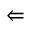
\Leftarrow